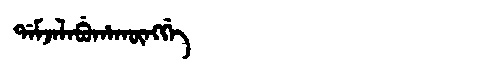
Manchu: ᡩᠠᠮᠵᠠᠯᠠᠪᡠᡥᠠᡴᡡᠩᡤᡝ
Romanization: DAMJALABUHAKŪNGGE